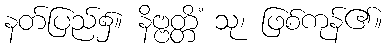
နတ်ပြည်၌။ နိဗ္ဗတ္တိံ သု၊ ဖြစ်ကုန်၏။